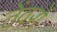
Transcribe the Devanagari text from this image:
तेंवरों